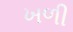
ખળી